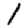
Digit: 1